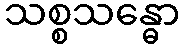
သစ္စသန္ဓော